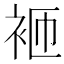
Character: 𬡋